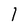
Character: l